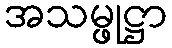
အသမ္ဖုဋ္ဌာ